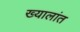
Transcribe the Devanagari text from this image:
ख्यालांत